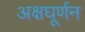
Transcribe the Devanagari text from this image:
अक्षघूर्णन